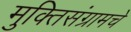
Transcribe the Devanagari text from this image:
मुक्तिसंग्रामचे